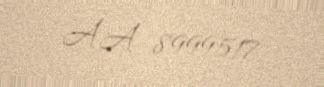
AA 8999517